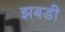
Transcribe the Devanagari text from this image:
झबडी